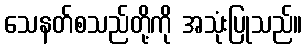
သေနတ်စသည်တို့ကို အသုံးပြုသည်။